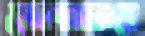
ডোপাকান্দা